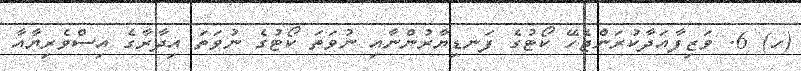
(ހ) 6. ވަޒިފާއަދާކުރަންޖެހޭ ކޯޓުގެ ފަނޑިޔާރުންނާއި ނުވަތަ ކޯޓުގެ ނުވަތަ އިދާރާގެ އިސްވެރިޔާއާ